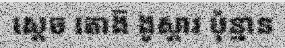
ស្តេច តោង៑ ងូស្តារ ប៉ុន្មាន